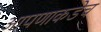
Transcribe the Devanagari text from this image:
आपणाकडेच